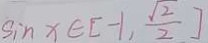
\sin x \in [ - 1 , \frac { \sqrt { 2 } } { 2 } ]